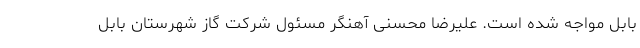
بابل مواجه شده است. علیرضا محسنی آهنگر مسئول شرکت گاز شهرستان بابل